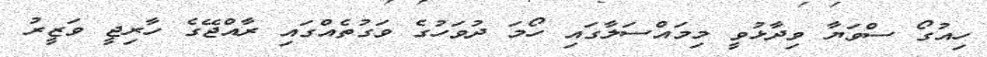
ހިއުގޯ ސްވަޔާ ވިދާޅުވީ މިމައްސަލާގައި ހޯމަ ދުވަހުގެ ވަގުތެއްގައި ރާއްޖޭގެ ހާރިޖީ ވަޒީރު